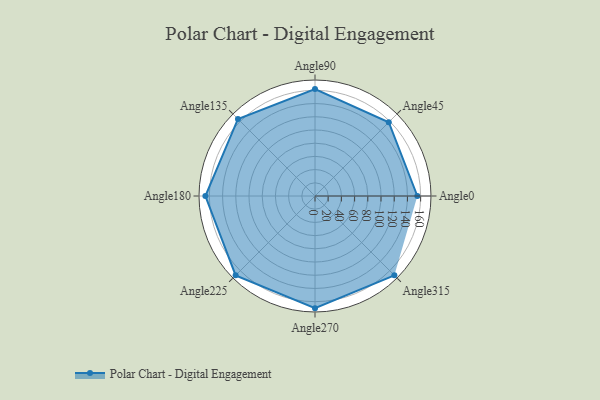
{"axis": {"x": "Angle", "y": "Radius"}, "legend": [""], "data": [{"x": "Angle0", "y": 155.0, "type": ""}, {"x": "Angle45", "y": 158.0, "type": ""}, {"x": "Angle90", "y": 162.0, "type": ""}, {"x": "Angle135", "y": 165.0, "type": ""}, {"x": "Angle180", "y": 166.0, "type": ""}, {"x": "Angle225", "y": 170.0, "type": ""}, {"x": "Angle270", "y": 170, "type": ""}, {"x": "Angle315", "y": 170, "type": ""}]}